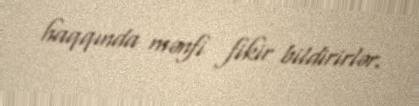
haqqında mənfi fikir bildirirlər.